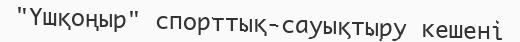
"Үшқоңыр" спорттық-сауықтыру кешені